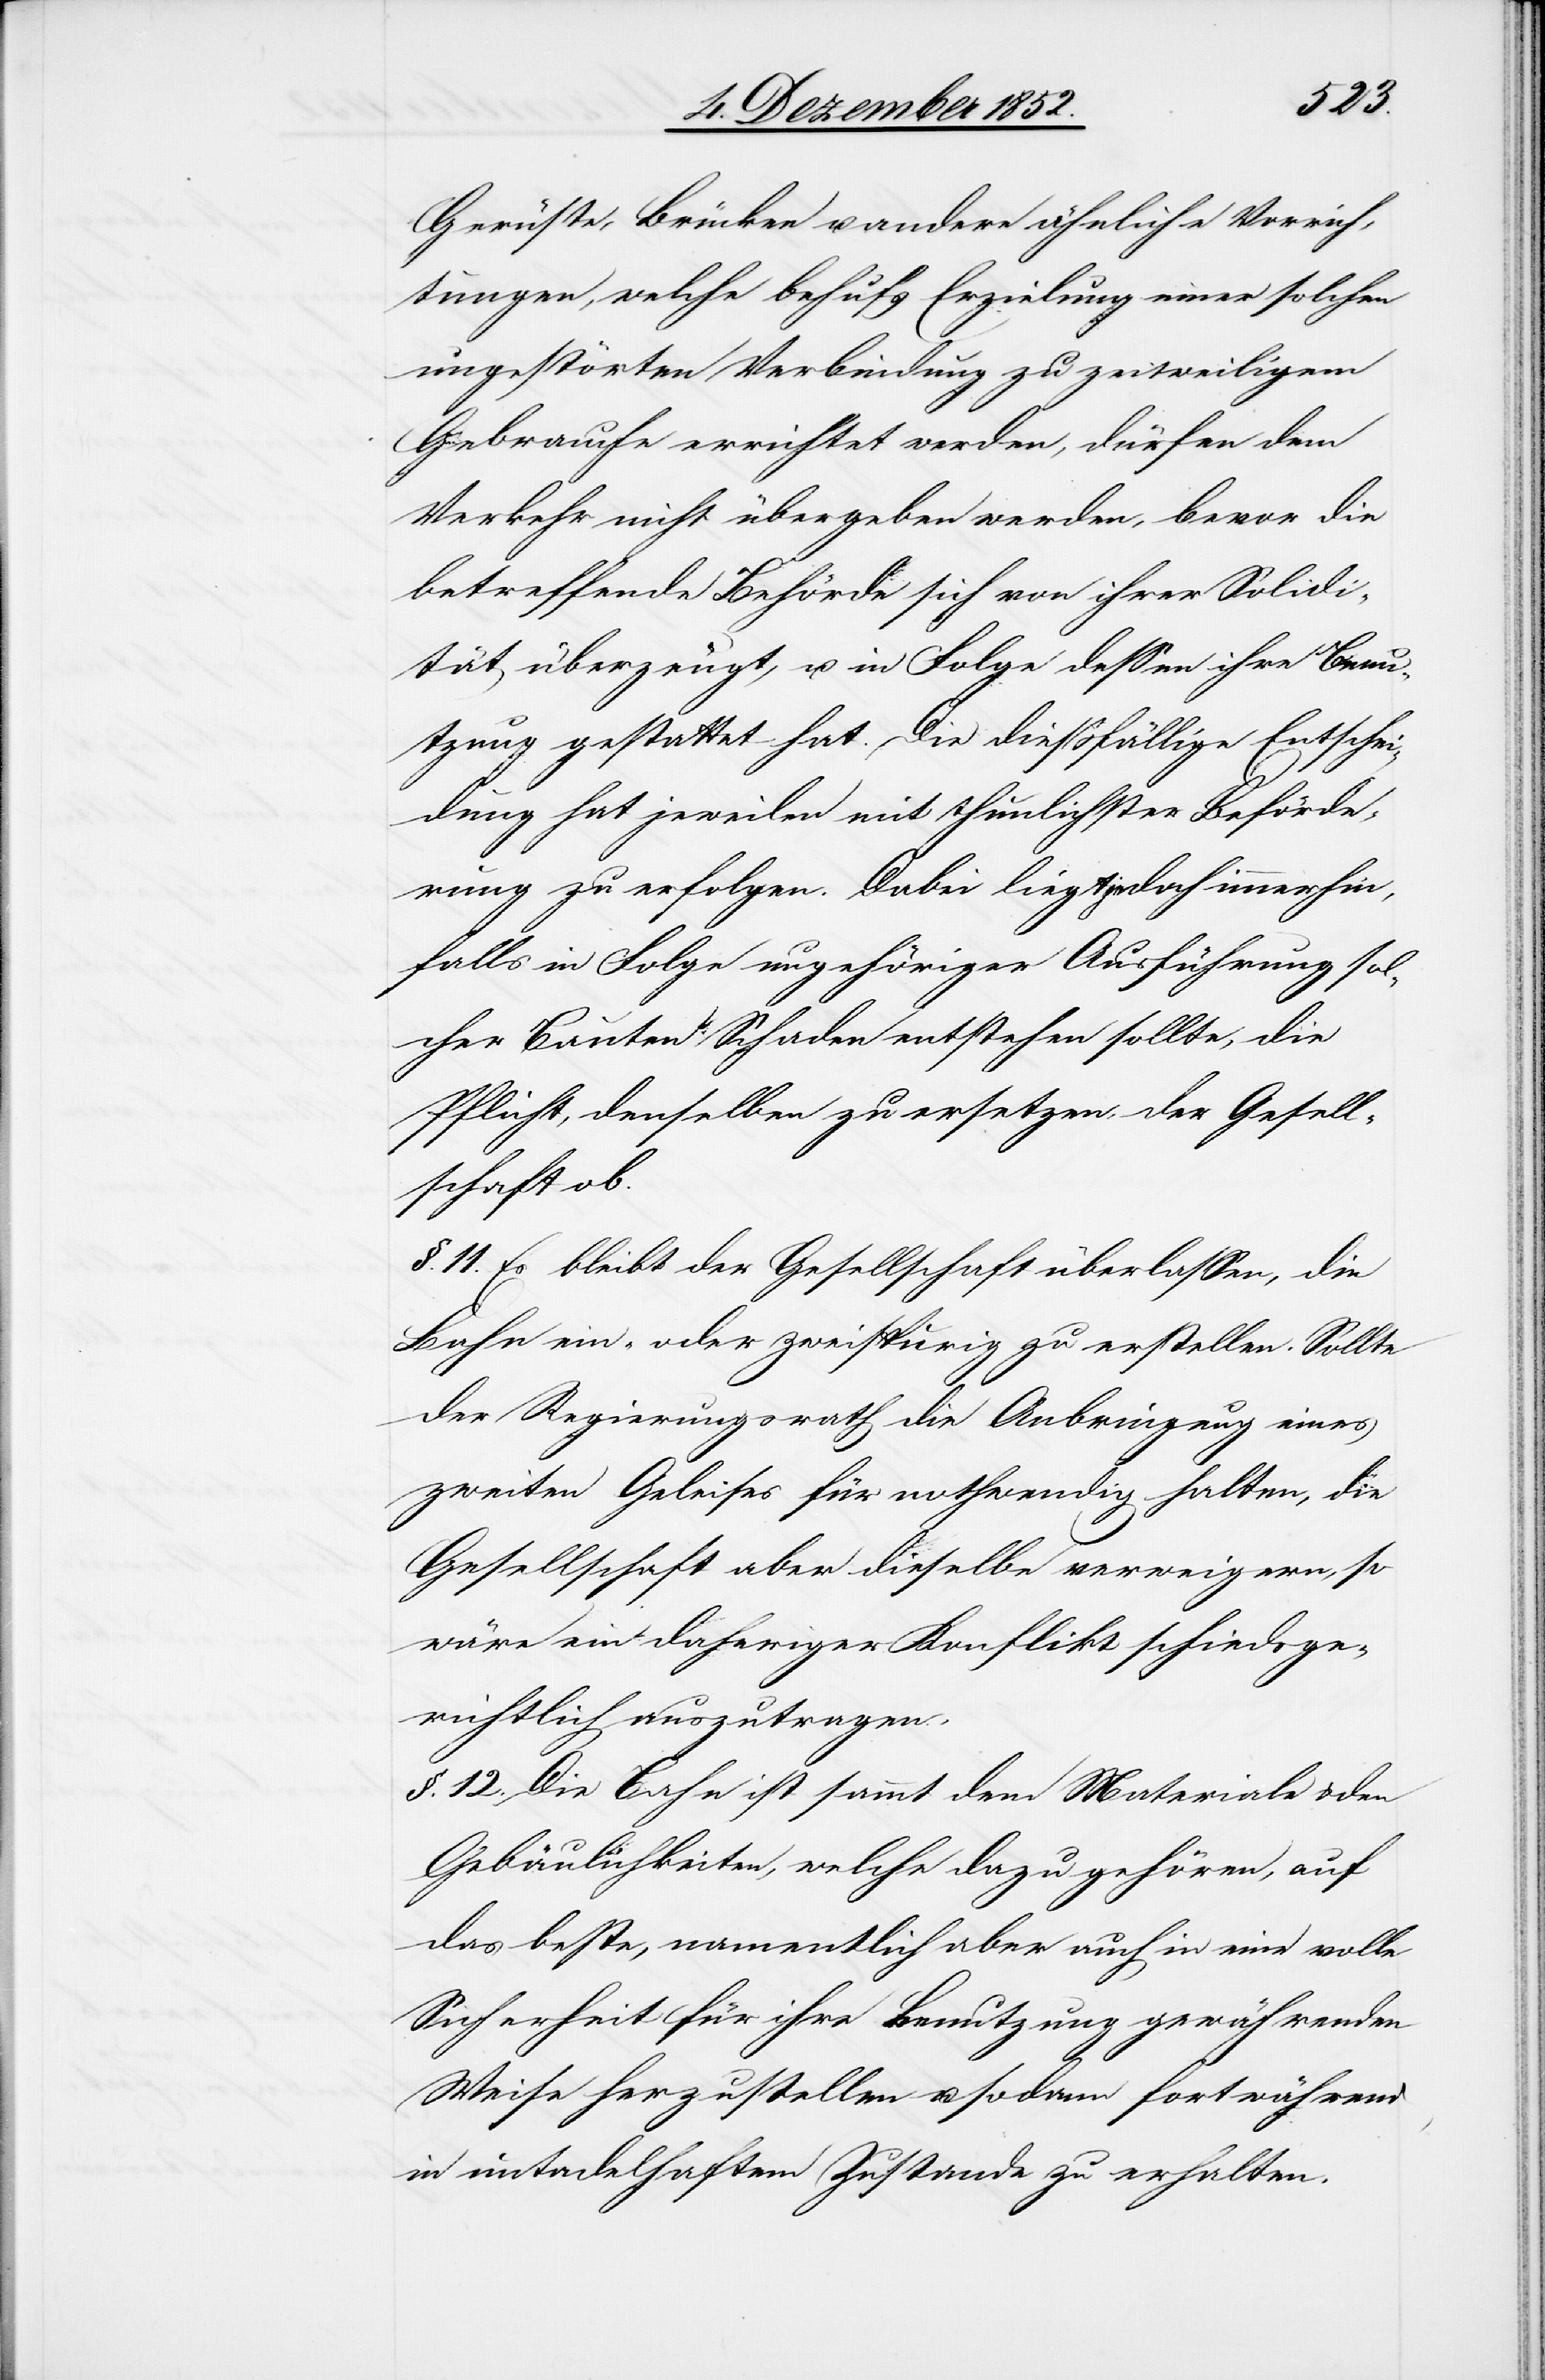
Gerüste, Brücken u. andere ähnliche Vorrich¬
tungen, welche behufs Erzielung einer solchen
ungestörten Verbindung zu zeitweiligem
Gebrauche errichtet werden, dürfen dem
Verkehr nicht übergeben werden, bevor die
betreffende Behörde sich von ihrer Solidi¬
tät überzeugt, u. in Folge dessen ihre Benu¬
tzung gestattet hat. Die dießfällige Entschei¬
dung hat jeweilen mit thunlichster Beförde¬
rung zu erfolgen. Dabei liegt jedoch immerhin,
falls in Folge ungehöriger Ausführung sol¬
cher Bauten Schaden entstehen sollte, die
Pflicht, denselben zu ersetzen, der Gesell¬
schaft ob.
§. 11. Es bleibt der Gesellschaft überlassen, die
Bahn ein- oder zweispurig zu erstellen. Sollte
der Regierungsrath die Anbringung eines
zweiten Geleises für nothwendig halten, die
Gesellschaft aber dieselbe verweigern, so
wäre ein daheriger Konflikt schiedsge¬
richtlich auszutragen.
§. 12. Die Bahn ist sammt dem Materiale & den
Gebäulichkeiten, welche dazu gehören, auf
das beste, namentlich aber auch in eine[r] volle
Sicherheit für ihre Benutzung gewährenden
Weise herzustellen u. sodann fortwährend
in untadelhaftem Zustande zu erhalten.